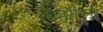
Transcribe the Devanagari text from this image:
बह्मास्त्र